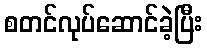
စတင်လုပ်ဆောင်ခဲ့ပြီး